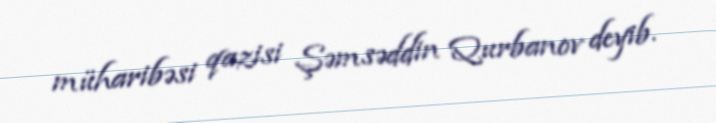
müharibəsi qazisi Şəmsəddin Qurbanov deyib.